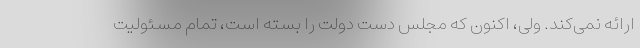
ارائه نمی‌کند. ولی، اکنون که مجلس دست دولت را بسته است، تمام مسئولیت